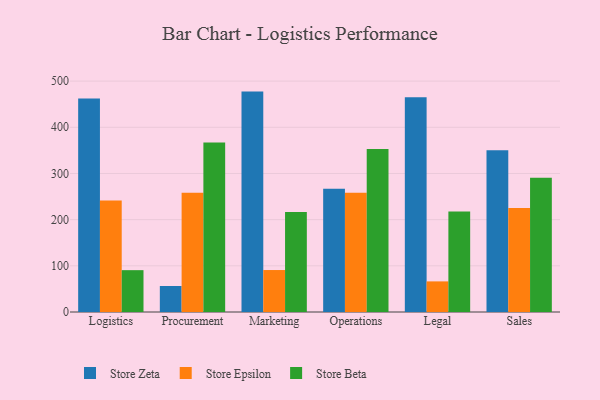
{"axis": {"x": "Department", "y": "Production Output"}, "legend": ["Store Beta", "Store Epsilon", "Store Zeta"], "data": [{"x": "Logistics", "y": 462.5, "type": "Store Zeta"}, {"x": "Logistics", "y": 241.4, "type": "Store Epsilon"}, {"x": "Logistics", "y": 90.6, "type": "Store Beta"}, {"x": "Procurement", "y": 56.3, "type": "Store Zeta"}, {"x": "Procurement", "y": 258.0, "type": "Store Epsilon"}, {"x": "Procurement", "y": 367.3, "type": "Store Beta"}, {"x": "Marketing", "y": 477.3, "type": "Store Zeta"}, {"x": "Marketing", "y": 90.9, "type": "Store Epsilon"}, {"x": "Marketing", "y": 216.7, "type": "Store Beta"}, {"x": "Operations", "y": 266.9, "type": "Store Zeta"}, {"x": "Operations", "y": 258.0, "type": "Store Epsilon"}, {"x": "Operations", "y": 353.0, "type": "Store Beta"}, {"x": "Legal", "y": 465.1, "type": "Store Zeta"}, {"x": "Legal", "y": 66.3, "type": "Store Epsilon"}, {"x": "Legal", "y": 217.6, "type": "Store Beta"}, {"x": "Sales", "y": 350.4, "type": "Store Zeta"}, {"x": "Sales", "y": 225.1, "type": "Store Epsilon"}, {"x": "Sales", "y": 290.9, "type": "Store Beta"}]}